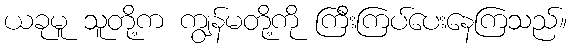
ယခုမူ သူတို့က ကျွန်မတို့ကို ကြီးကြပ်ပေးနေကြသည်။